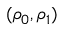
( \rho _ { 0 } , \rho _ { 1 } )